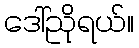
ဒေါ်ညိုရယ်။